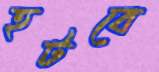
হটবে